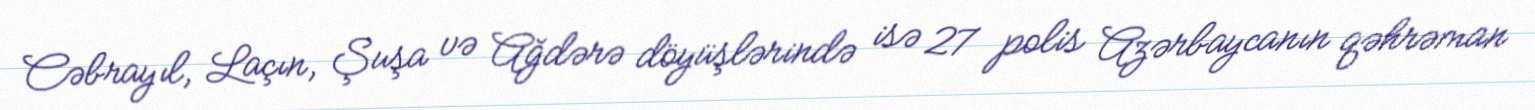
Cəbrayıl, Laçın, Şuşa və Ağdərə döyüşlərində isə 27 polis Azərbaycanın qəhrəman